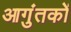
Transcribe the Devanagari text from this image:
आगुंतकों